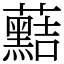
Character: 䕸